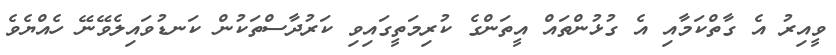
ވީއިރު އެ ގާތްކަމާއި އެ ގުޅުންތައް އީތަންގެ ކުރިމަތީގައިވި ކަރުދާސްތަކުން ކަނޑުވައިލެވޭނޭ ހެއްޔެވެ